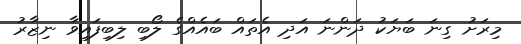
މިރަށު ގިނަ ބަޔަކު ދަންނަ އަދި އެތައް ބައެއްގެ ލޯބި ލިބިފައިވާ ނިޒާރު